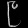
Digit: ၉